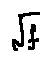
\sqrt { f }